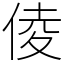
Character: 倰